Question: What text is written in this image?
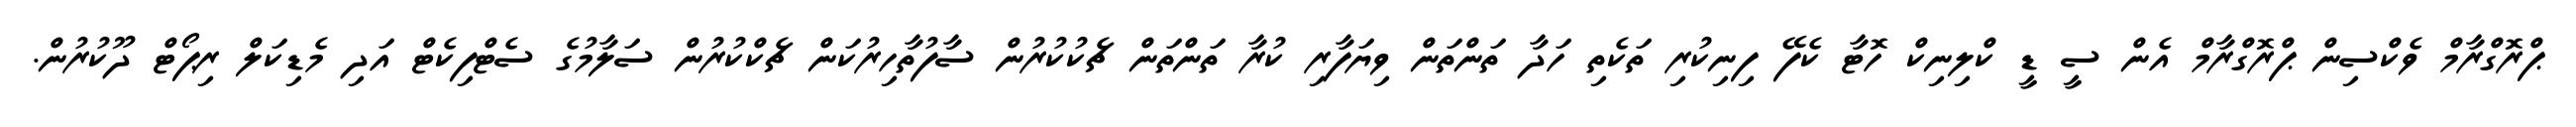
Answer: ޕްރޮގްރާމް ވެކްސިން ޕްރޮގްރާމް އެން ސީ ޑީ ކްލިނިކް ހޮޓާ ކެފޭ ފިނިކުރި ތަކެތި ހަދާ ތަންތަން ވިޔަފާރި ކުރާ ތަންތަން ޗެކުކުރުން ސާފުތާހިރުކަން ޗެކްކުރުން ސަލާމުގެ ސެޓްފިކެޓް އަދި މެޑިކަލް ރިޕޯޓް ދޫކުރުން.